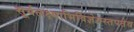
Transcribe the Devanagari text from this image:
सूर्यलक्ष्याभिविज्ञेयस्तपतेव